255_413270_UFO's_and_Defense_What_Should_we_Prepare_For
Agency: NASA
Page 35
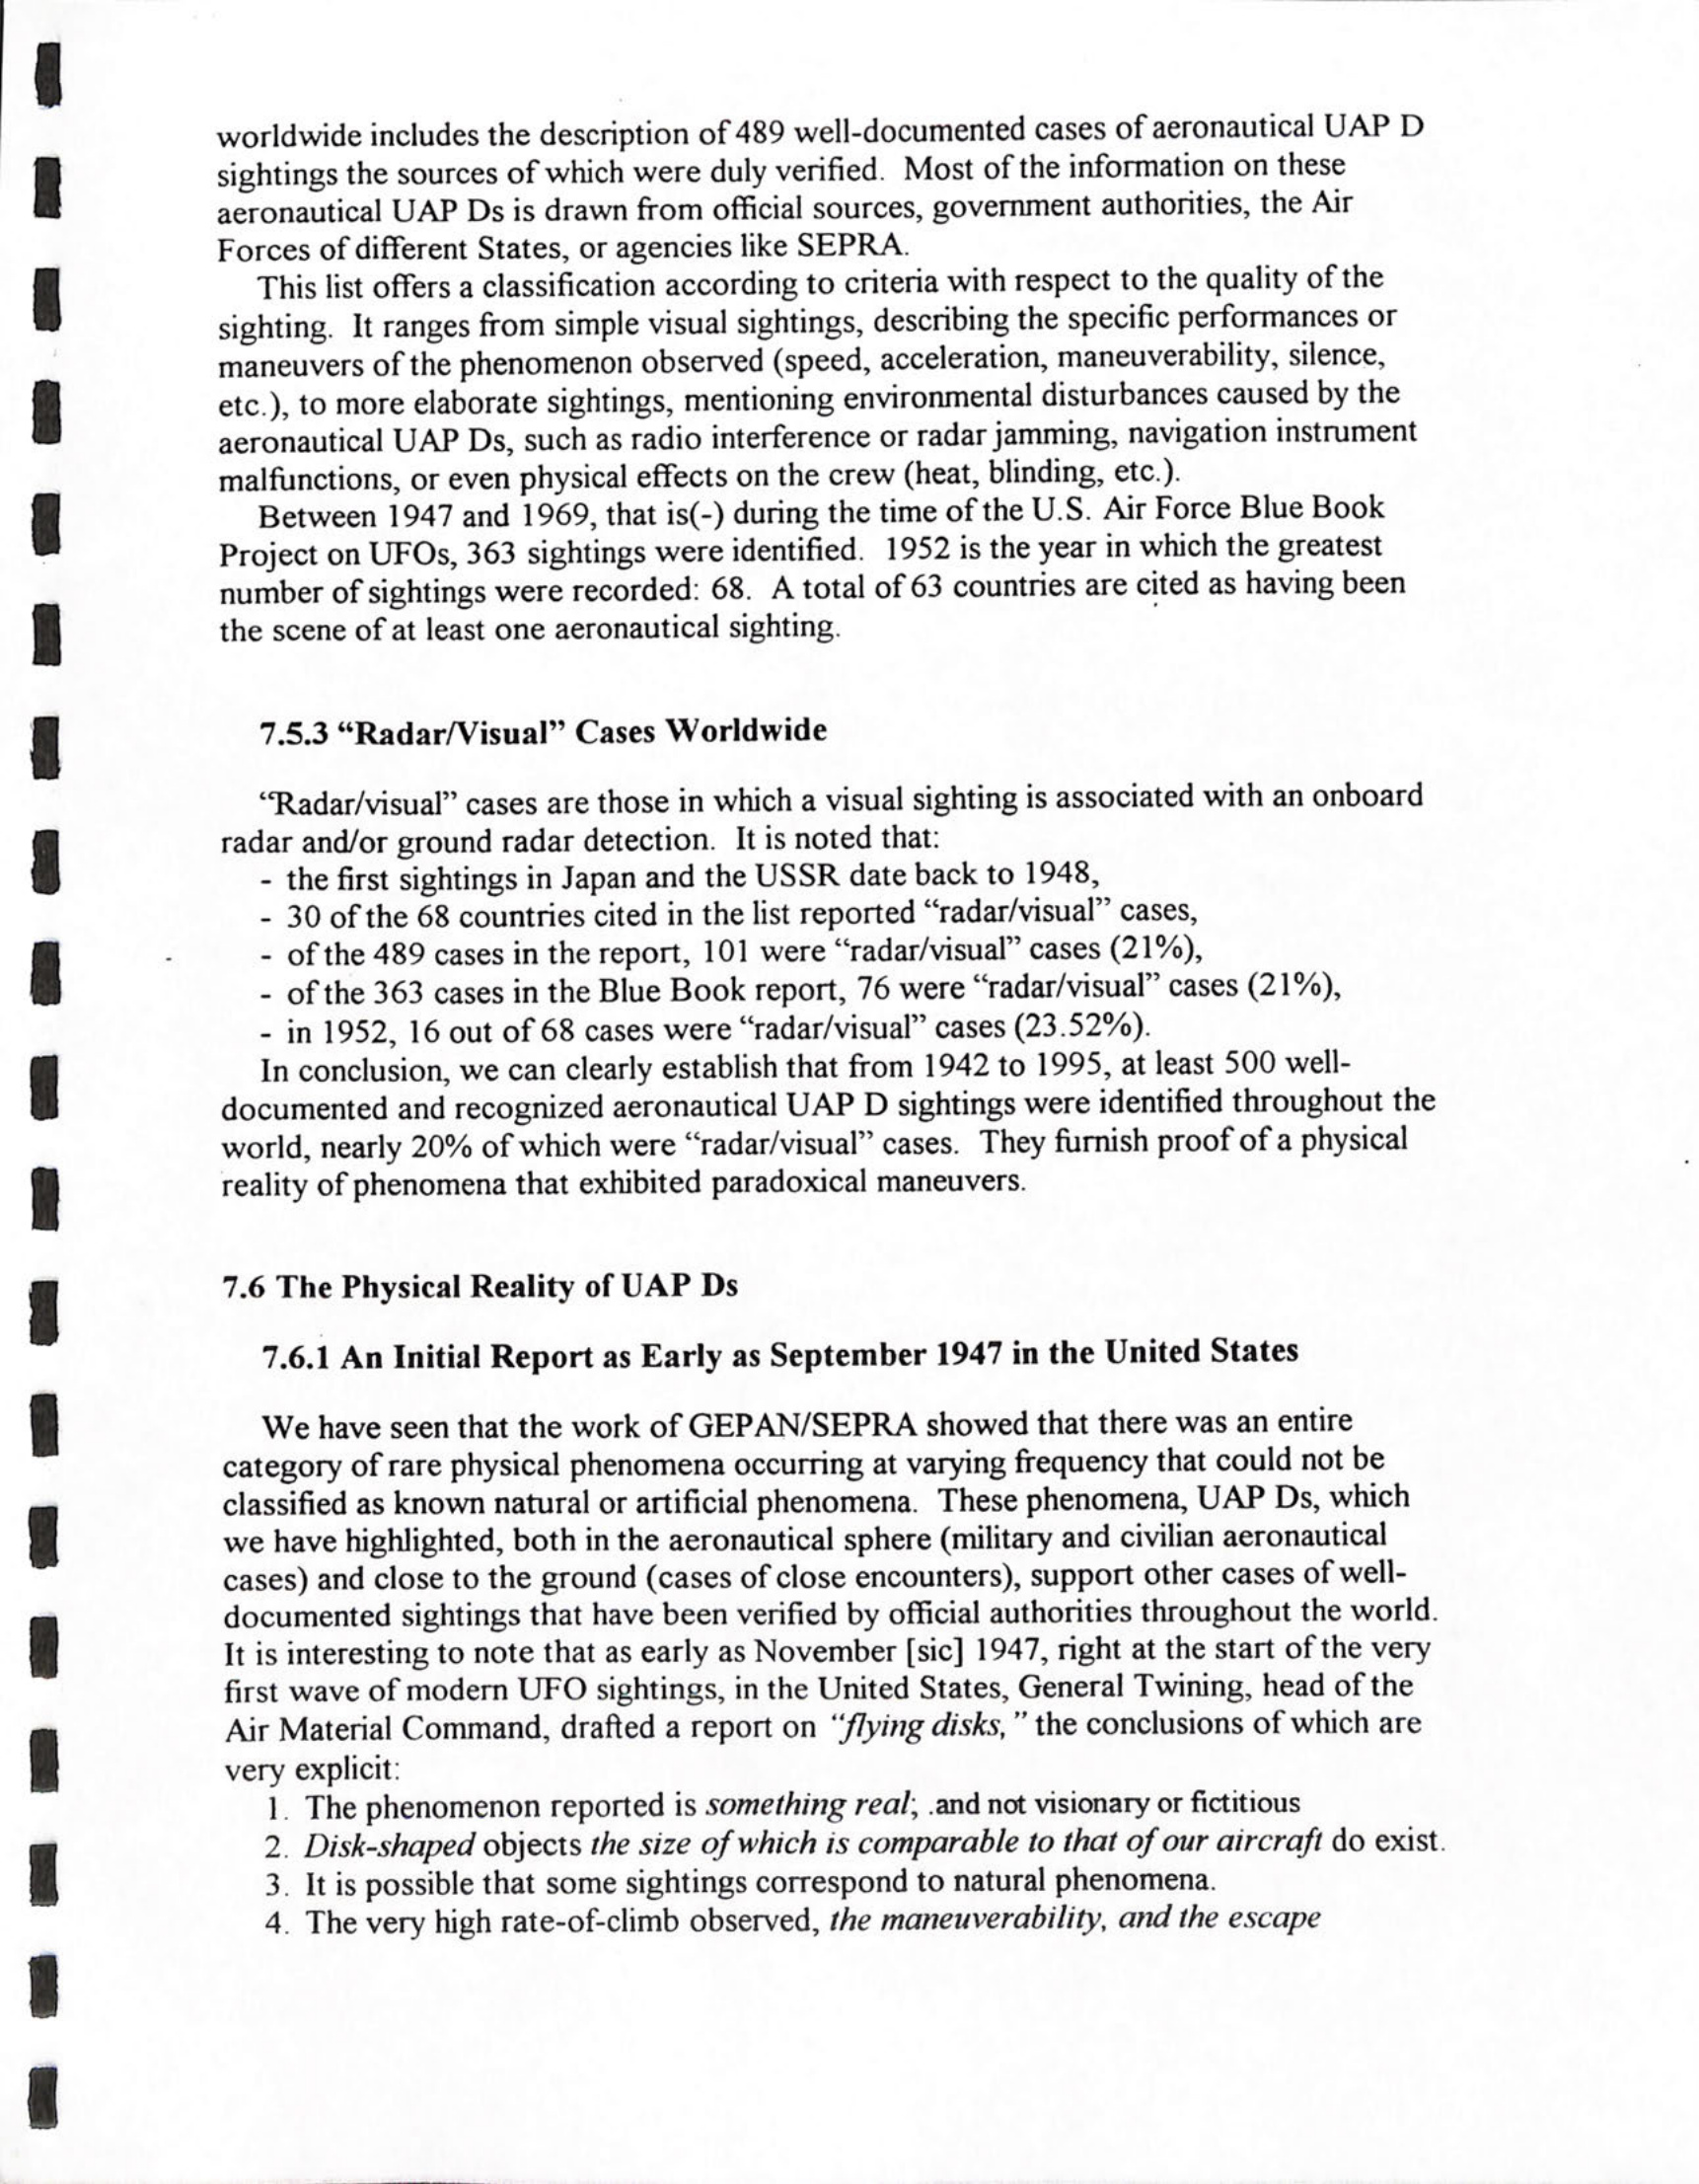